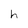
Character: h